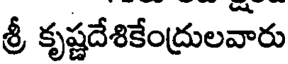
శ్రీ కృష్ణదేశికేంద్రులవారు